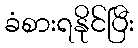
ခံစားရနိုင်ပြီး